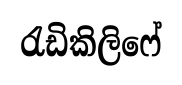
රැඩිකිලිෆේ